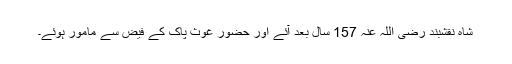
شاہِ نقشبند رضی اللہ عنہ 157 سال بعد آئے اور حضور غوثِ پاک کے فیض سے مامور ہوئے۔